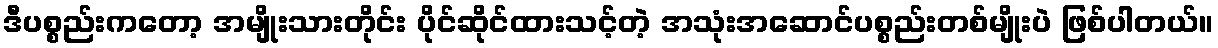
ဒီပစ္စည်းကတော့ အမျိုးသားတိုင်း ပိုင်ဆိုင်ထားသင့်တဲ့ အသုံးအဆောင်ပစ္စည်းတစ်မျိုးပဲ ဖြစ်ပါတယ်။